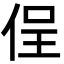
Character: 侱